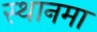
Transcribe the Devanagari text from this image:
स्थानमा